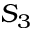
S _ { 3 }